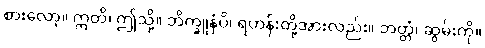
စားလော့။ ဣတိ၊ ဤသို့။ ဘိက္ခူနံပိ၊ ရဟန်းတို့အားလည်း။ ဘတ္တံ၊ ဆွမ်းကို။